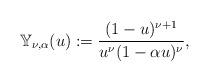
LaTeX: \begin{align*}\mathbb Y_{\nu,\alpha}(u):=\frac{(1-u)^{\nu+1}}{u^\nu(1-\alpha u)^\nu}, \end{align*}